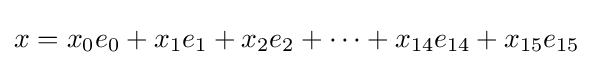
x=x_{0}e_{0}+x_{1}e_{1}+x_{2}e_{2}+\cdots +x_{14}e_{14}+x_{15}e_{15}